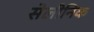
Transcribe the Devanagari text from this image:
सेलीनिक